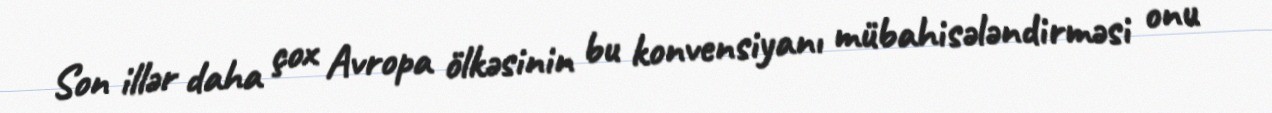
Son illər daha çox Avropa ölkəsinin bu konvensiyanı mübahisələndirməsi onu